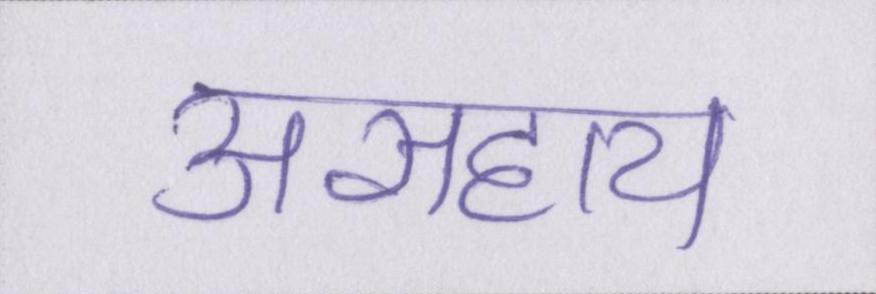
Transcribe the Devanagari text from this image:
असहाय